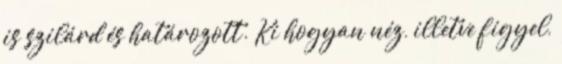
is szilárd és határozott. Ki hogyan néz, illetve figyel,